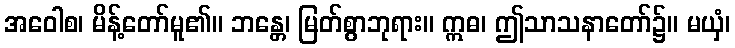
အဝေါစ၊ မိန့်တော်မူ၏။ ဘန္တေ၊ မြတ်စွာဘုရား။ ဣဓ၊ ဤသာသနာတော်၌။ မယှံ၊